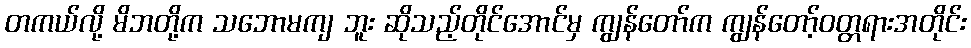
တကယ်လို့ မိဘတို့က သဘောမကျ ဘူး ဆိုသည့်တိုင်အောင်မှ ကျွန်တော်က ကျွန်တော့်ဝတ္တရားအတိုင်း